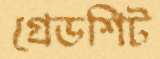
গ্রেডশিট